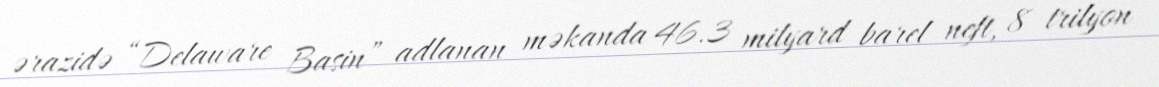
ərazidə “Delaware Basin” adlanan məkanda 46.3 milyard barel neft, 8 trilyon